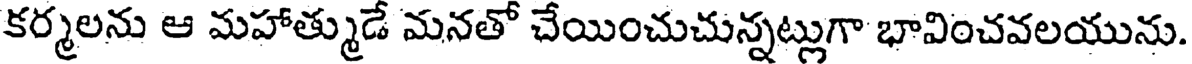
కర్మలను ఆ మహాత్ముడే మనతో చేయించుచున్నట్లుగా భావించవలయును